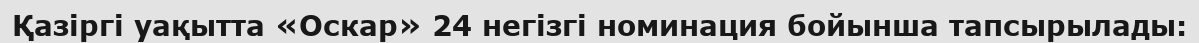
Қазіргі уақытта «Оскар» 24 негізгі номинация бойынша тапсырылады: